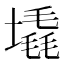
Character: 𪤛